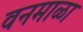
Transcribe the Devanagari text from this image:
वनमाळा